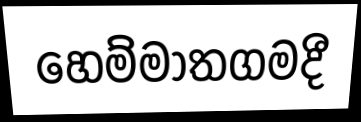
හෙම්මාතගමදී